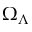
\Omega _ { \Lambda }